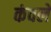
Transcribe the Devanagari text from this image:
कंवले